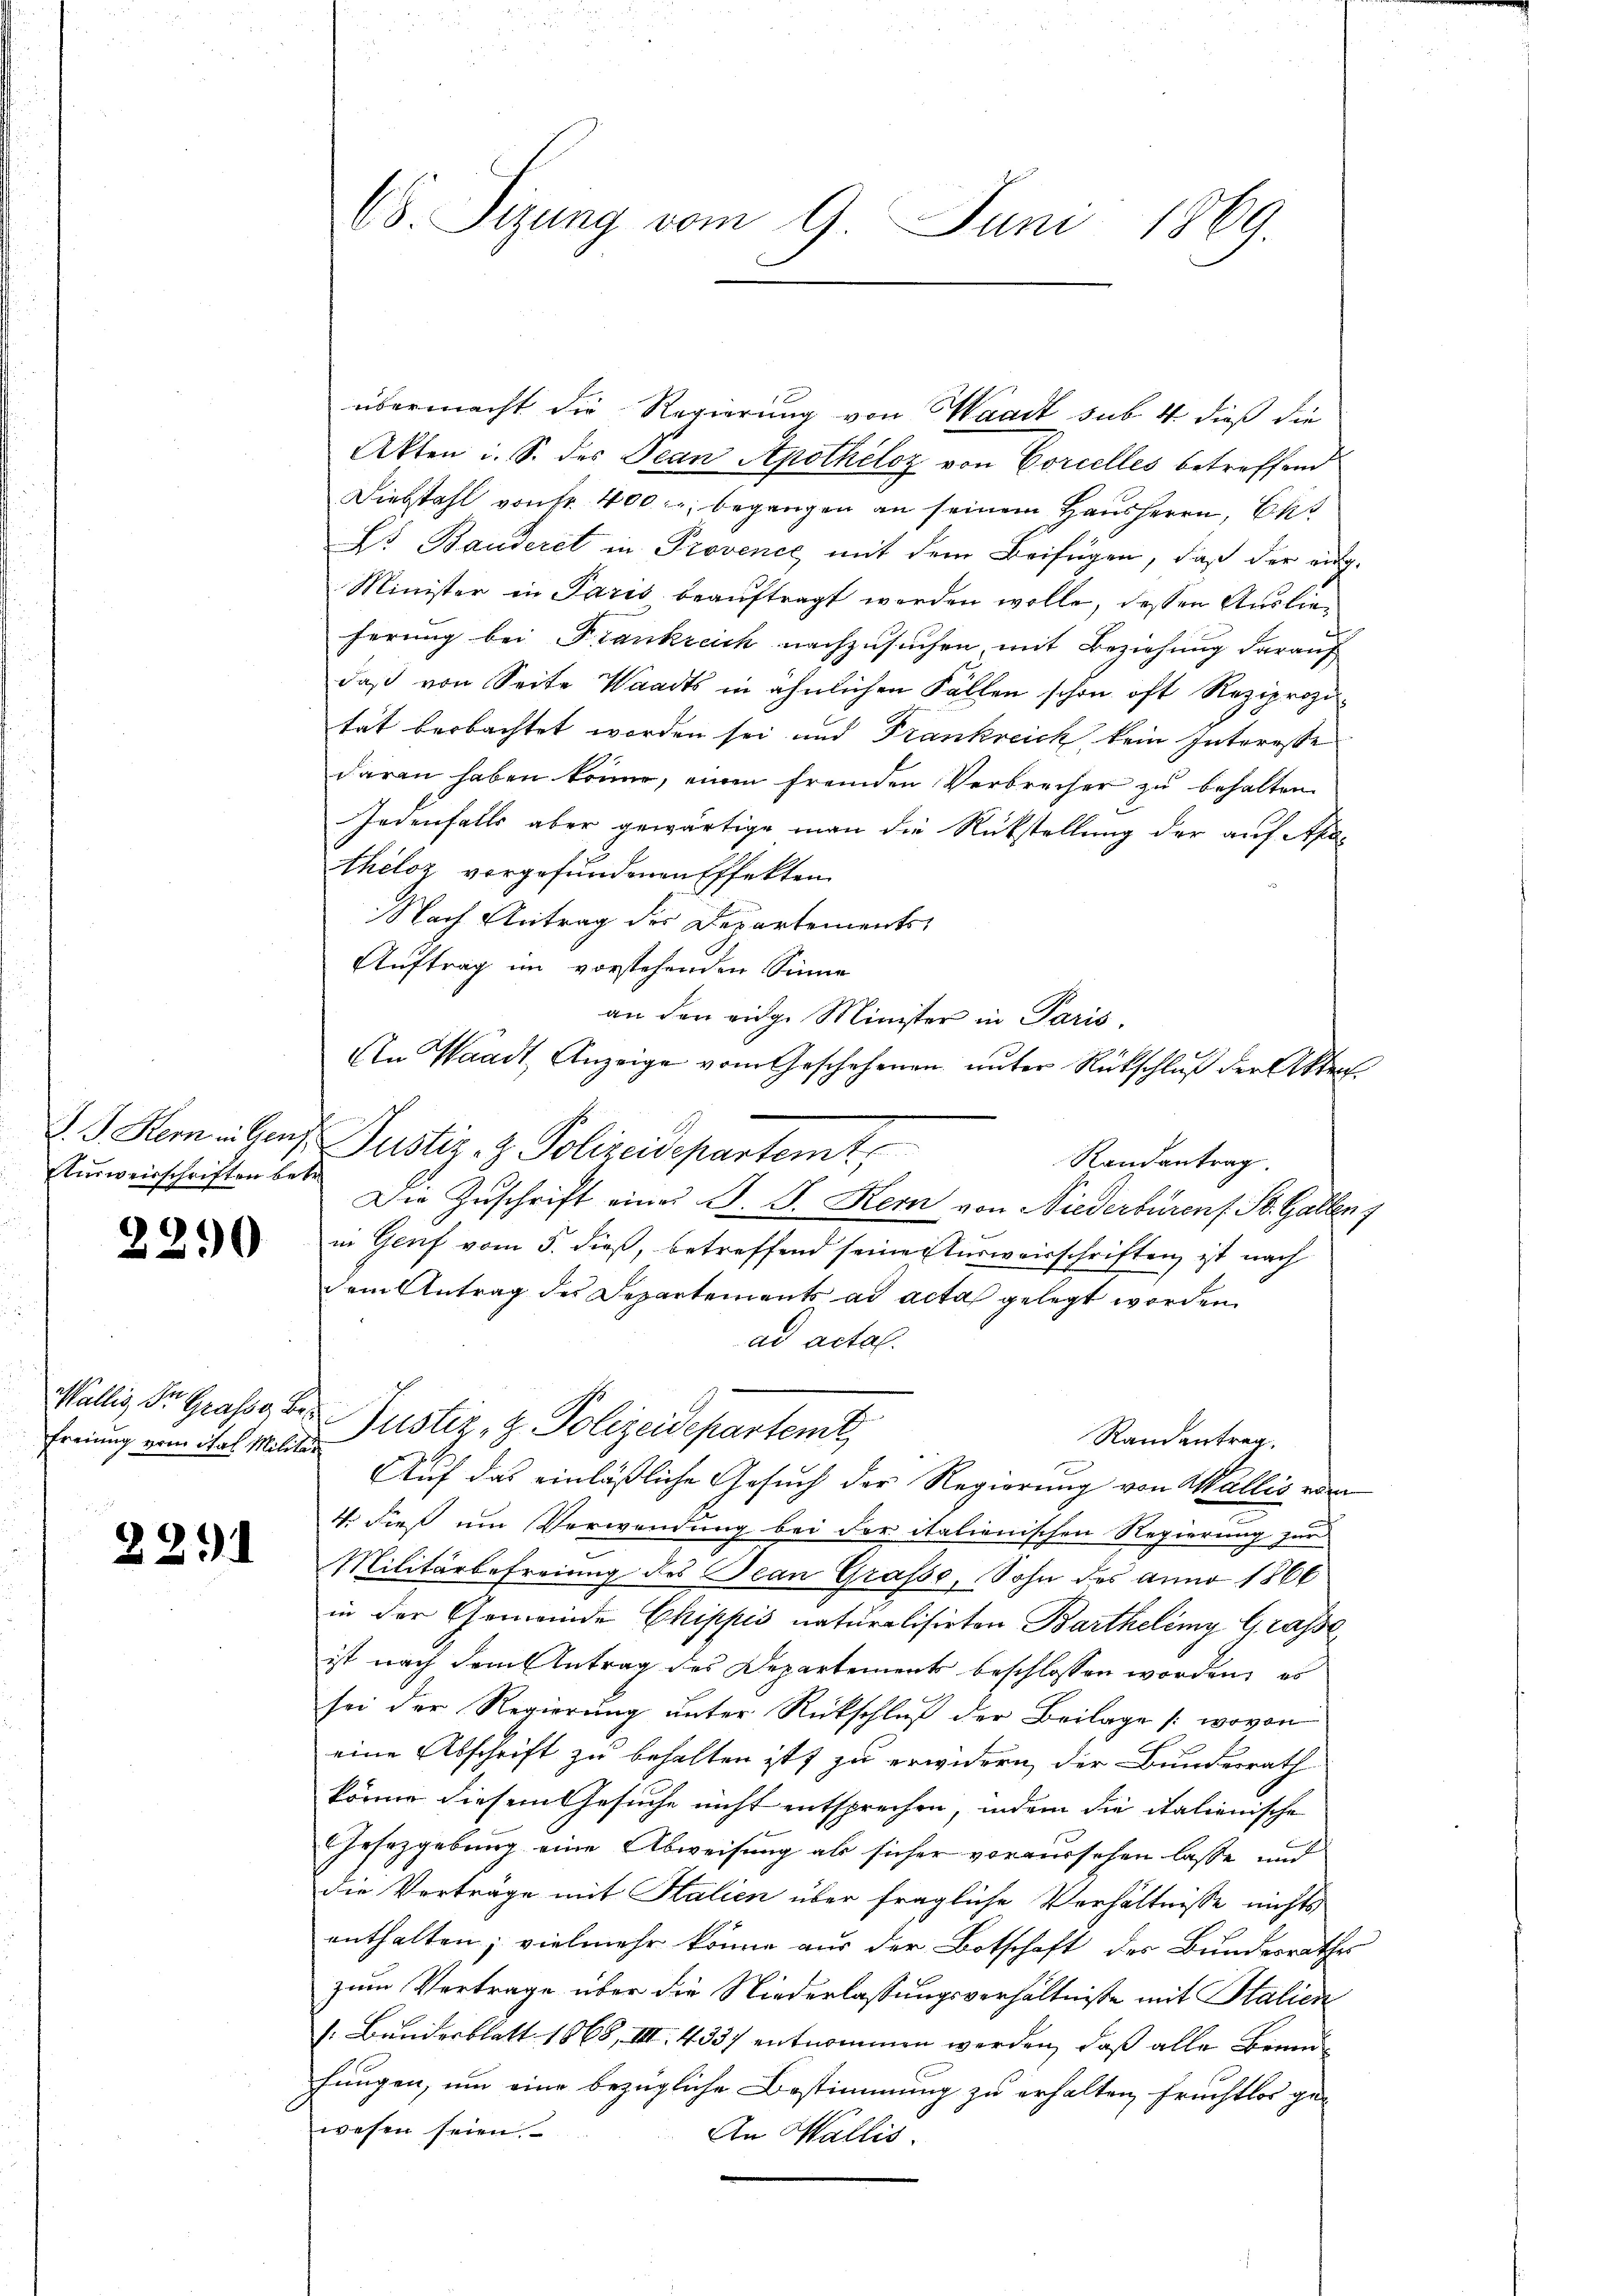
Ausweisschriften betr.

2290

freiung vom Stal Militär

2291

übermacht die Regierung von Waadt sub. 4 dieß die
Akten u. S. des Pean Apothelcz von Corcelles betreffend
Diebstahl von Fr. 400 l. begangen an seinem Hausherrn, Cat
Lt. Banderet in Provence mit dem Beifügen, daß der aug-
Minister in Paris beauftragt werden wolle, dessen Auslieferung bei Frankreich nachzusuchen, mit Beziehung darauf
daß von Seite Waadts in ähnlichen Fällen schon oft Reziprozität beobachtet worden sei und Frankreich kein Interesse
daran haben könne, einen fremden Verbrecher zu behalten.
Jedenfalls aber gewärtige man die Rückstellung der auf Apotheloz vorgefundenen Effekten
Nach Antrag der Departements
Auftrag im vorstehenden Sinne
an den eige Minister in Paris.
An Waadt, Anzeige vom Geschehenen unter Rückschluß der Akten.
V. J. Stern allen Justiz- & Polizeidepartemt
Randantrag.
Die Zuschrift eines J. J. Kein von Niederbürens St. Gallen,
in Genf vom 5. dieß, betreffend seine Ausweisschriften ist nach
dem Antrag des Departements ad acta gelegt worden.
ad actal.
Wallis Dr. Grasse der Justiz- & Polizeideparteme
Randantrag
Auf das einläßliche Gesuch der Regierung von Wallis vo
4. dieß um Verwendung bei der italienischen Regierung zur
Militärbefreiung des Jean Grafe, Sohn des anno 1866
in der Gemeinde Chippis naturalisirten Bartheleny Grasse
ist nach dem Antrag des Departement beschlossen worden, es
sei der Regierung unter Rückschluß der Beilage /: wovon
eine Abschrift zu behalten ist, zu erwidern der Bundesrath
könne diesem Gesuche nicht entsprechen, indem die italienische
Gesetzgebung eine Abweisung als sicher vorversehen lasse und
die Verträge mit Halien über fragliche Verhältnisse nichts
enthalten; vielmehr könne aus der Botschaft der Bundesrathes
zum Vertrage über die Niederlassungsverhältnisse mit Stalien
: Bundesblatt 1868, VIII. 4331 entnommen werden, daß alle Brand
hungen, um eine bezügliche Bestimmung zu erhalten fruchtlos gewesen seien.
An Wallis.

E Sizung vom 9. Juni 1869